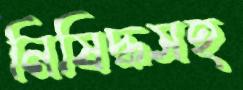
নিষিদ্ধসহ